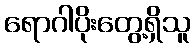
ရောဂါပိုးတွေ့ရှိသူ